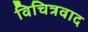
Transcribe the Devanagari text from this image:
विचित्रवाद